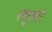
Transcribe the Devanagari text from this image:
स्थूलो